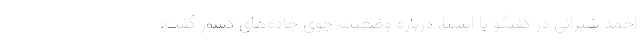
احمد شیرانی در گفتگو با ایسنا، درباره وضعیت جوی جاده‌های کشور گفت: